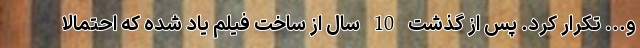
و... تکرار کرد. پس از گذشت 10 سال از ساخت فیلم یاد شده که احتمالا